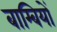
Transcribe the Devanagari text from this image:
बाम्बियों